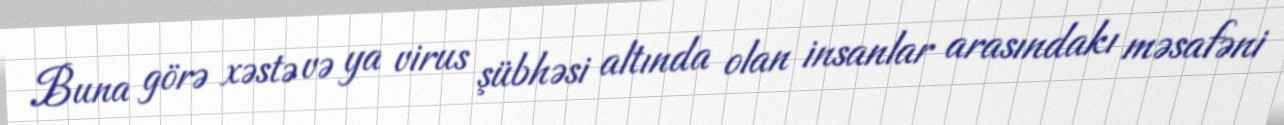
Buna görə xəstə və ya virus şübhəsi altında olan insanlar arasındakı məsafəni